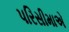
પરિસીમાએ